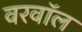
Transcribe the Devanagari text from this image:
वरवॉल